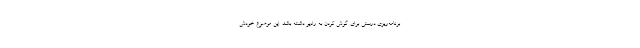
برنامه‌ریزی درستی برای گوش کردن به رادیو داشته باشد. این موضوع خودش